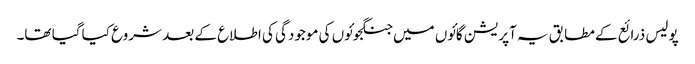
پولیس ذرائع کے مطابق یہ آپریشن گائوں میں جنگجوئوں کی موجودگی کی اطلاع کے بعد شروع کیا گیا تھا۔